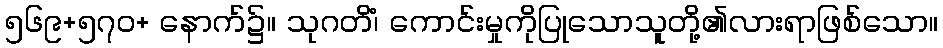
၅၆၉+၅၇၀+ နောက်၌။ သုဂတိံ၊ ကောင်းမှုကိုပြုသောသူတို့၏လားရာဖြစ်သော။